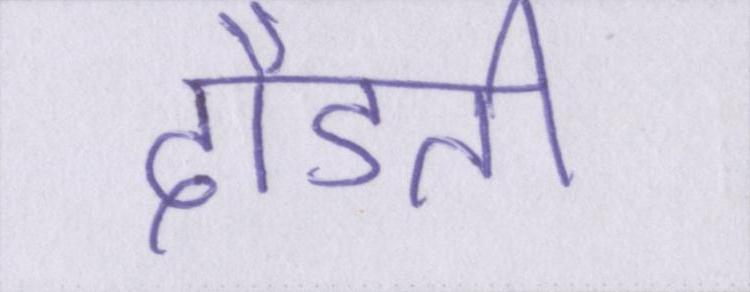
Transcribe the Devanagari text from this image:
दौडती